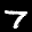
Label: 7